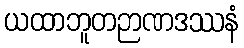
ယထာဘူတဉာဏဒဿနံ